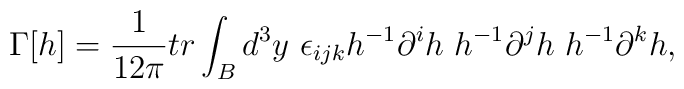
\Gamma [h] = \frac{1}{12\pi} tr \int_B d^3y~ \epsilon_{ijk} h^{-1}\partial^ih~h^{-1}\partial^jh~ h^{-1}\partial^kh,